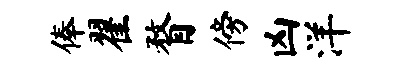
俸翟瞀傍凶洋